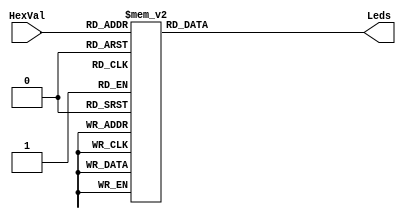
module Hex27Seg(Leds,HexVal);
	output [0:6] Leds;
	input [3:0] HexVal;
	reg [0:6] Leds;
	// Signal correspodence is as follows:
	// Display Ledsment: a b cc d e f g (all active low: 0--on, 1--off)
	// Leds output bit: 0 1 2 3 4 5 6 
	// HexVal[3:0] has MSb at bit 3,LSb at bit 0
	always  @(HexVal) // Do this whenever HexVal changes
	begin
	case(HexVal)
		4'h0: Leds = 7'b000_0001; // forms the character for 0
		4'h1: Leds = 7'b100_1111;
		4'h2: Leds = 7'b001_0010;
		4'h3: Leds = 7'b000_0110;
		4'h4: Leds = 7'b100_1100;
		4'h5: Leds = 7'b010_0100;
		4'h6: Leds = 7'b010_0000;
		4'h7: Leds = 7'b000_1111;
		4'h8: Leds = 7'b000_0000;
		4'h9: Leds = 7'b000_0100;
		4'hA: Leds = 7'b000_1000; // r
		4'hB: Leds = 7'b110_0000; // G
		4'hC: Leds = 7'b011_0001; // y
		4'hD: Leds = 7'b100_0010; // d
		4'hE: Leds = 7'b011_0000; // o
		4'hF: Leds = 7'b011_1000; // forms the character for F
		default: Leds = 7'b111_1111; // specify a default (all off)
	endcase
	end
endmodule